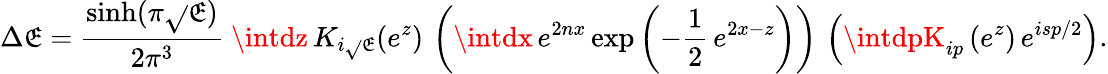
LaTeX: \Delta\mathfrak{E}=\frac{{\sinh(\pi\sqrt{}{{\mathfrak{E}}})}}{{2\pi^{3}}}~\intdz\, K_{i\sqrt{}{{\mathfrak{E}}}}(e^{z})\, \left(\intdx\, e^{2nx}\exp\left(-\frac{{1}}{{2}}\, e^{2x-z}\right)\right)\, \left(\intdpK_{ip}\left(e^{z}\right)\, e^{isp/2}\right).